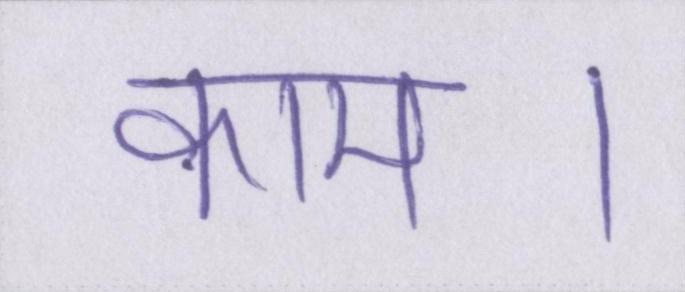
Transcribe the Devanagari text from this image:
काम।